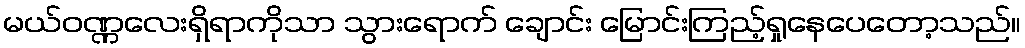
မယ်ဝဏ္ဏလေးရှိရာကိုသာ သွားရောက် ချောင်း မြောင်းကြည့်ရှုနေပေတော့သည်။